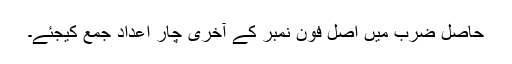
حاصل ضرب میں اصل فون نمبر کے آخری چار اعداد جمع کیجئے۔